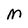
Character: M